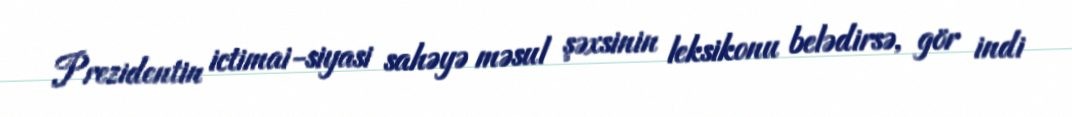
Prezidentin ictimai-siyasi sahəyə məsul şəxsinin leksikonu belədirsə, gör indi